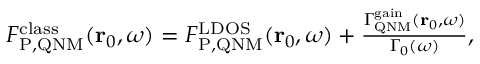
\begin{array} { r } { F _ { \mathrm { P , Q N M } } ^ { \mathrm { c l a s s } } ( \mathbf { r } _ { 0 } , \omega ) = F _ { \mathrm { P , Q N M } } ^ { \mathrm { L D O S } } ( \mathbf { r } _ { 0 } , \omega ) + \frac { \Gamma _ { \mathrm { Q N M } } ^ { \mathrm { g a i n } } ( \mathbf { r } _ { 0 } , \omega ) } { \Gamma _ { 0 } ( \omega ) } , } \end{array}